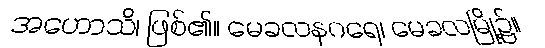
အဟောသိ၊ ဖြစ်၏။ မေခလနဂရေ၊ မေခလမြို့၌။